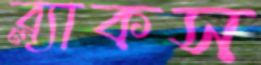
ব্ল্যাকস